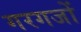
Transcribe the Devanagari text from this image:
गरगजों